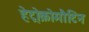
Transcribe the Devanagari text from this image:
हेट्रोक्रोमौटिन